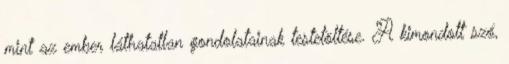
mint az ember láthatatlan gondolatainak testetöltése. A kimondott szó,